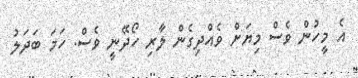
އެ މީހުން ވެސް މިޔަށް ވެއްދިގެން ލާރި ހޯދޭނީ ވެސް. ހަމަ ބަދަލު